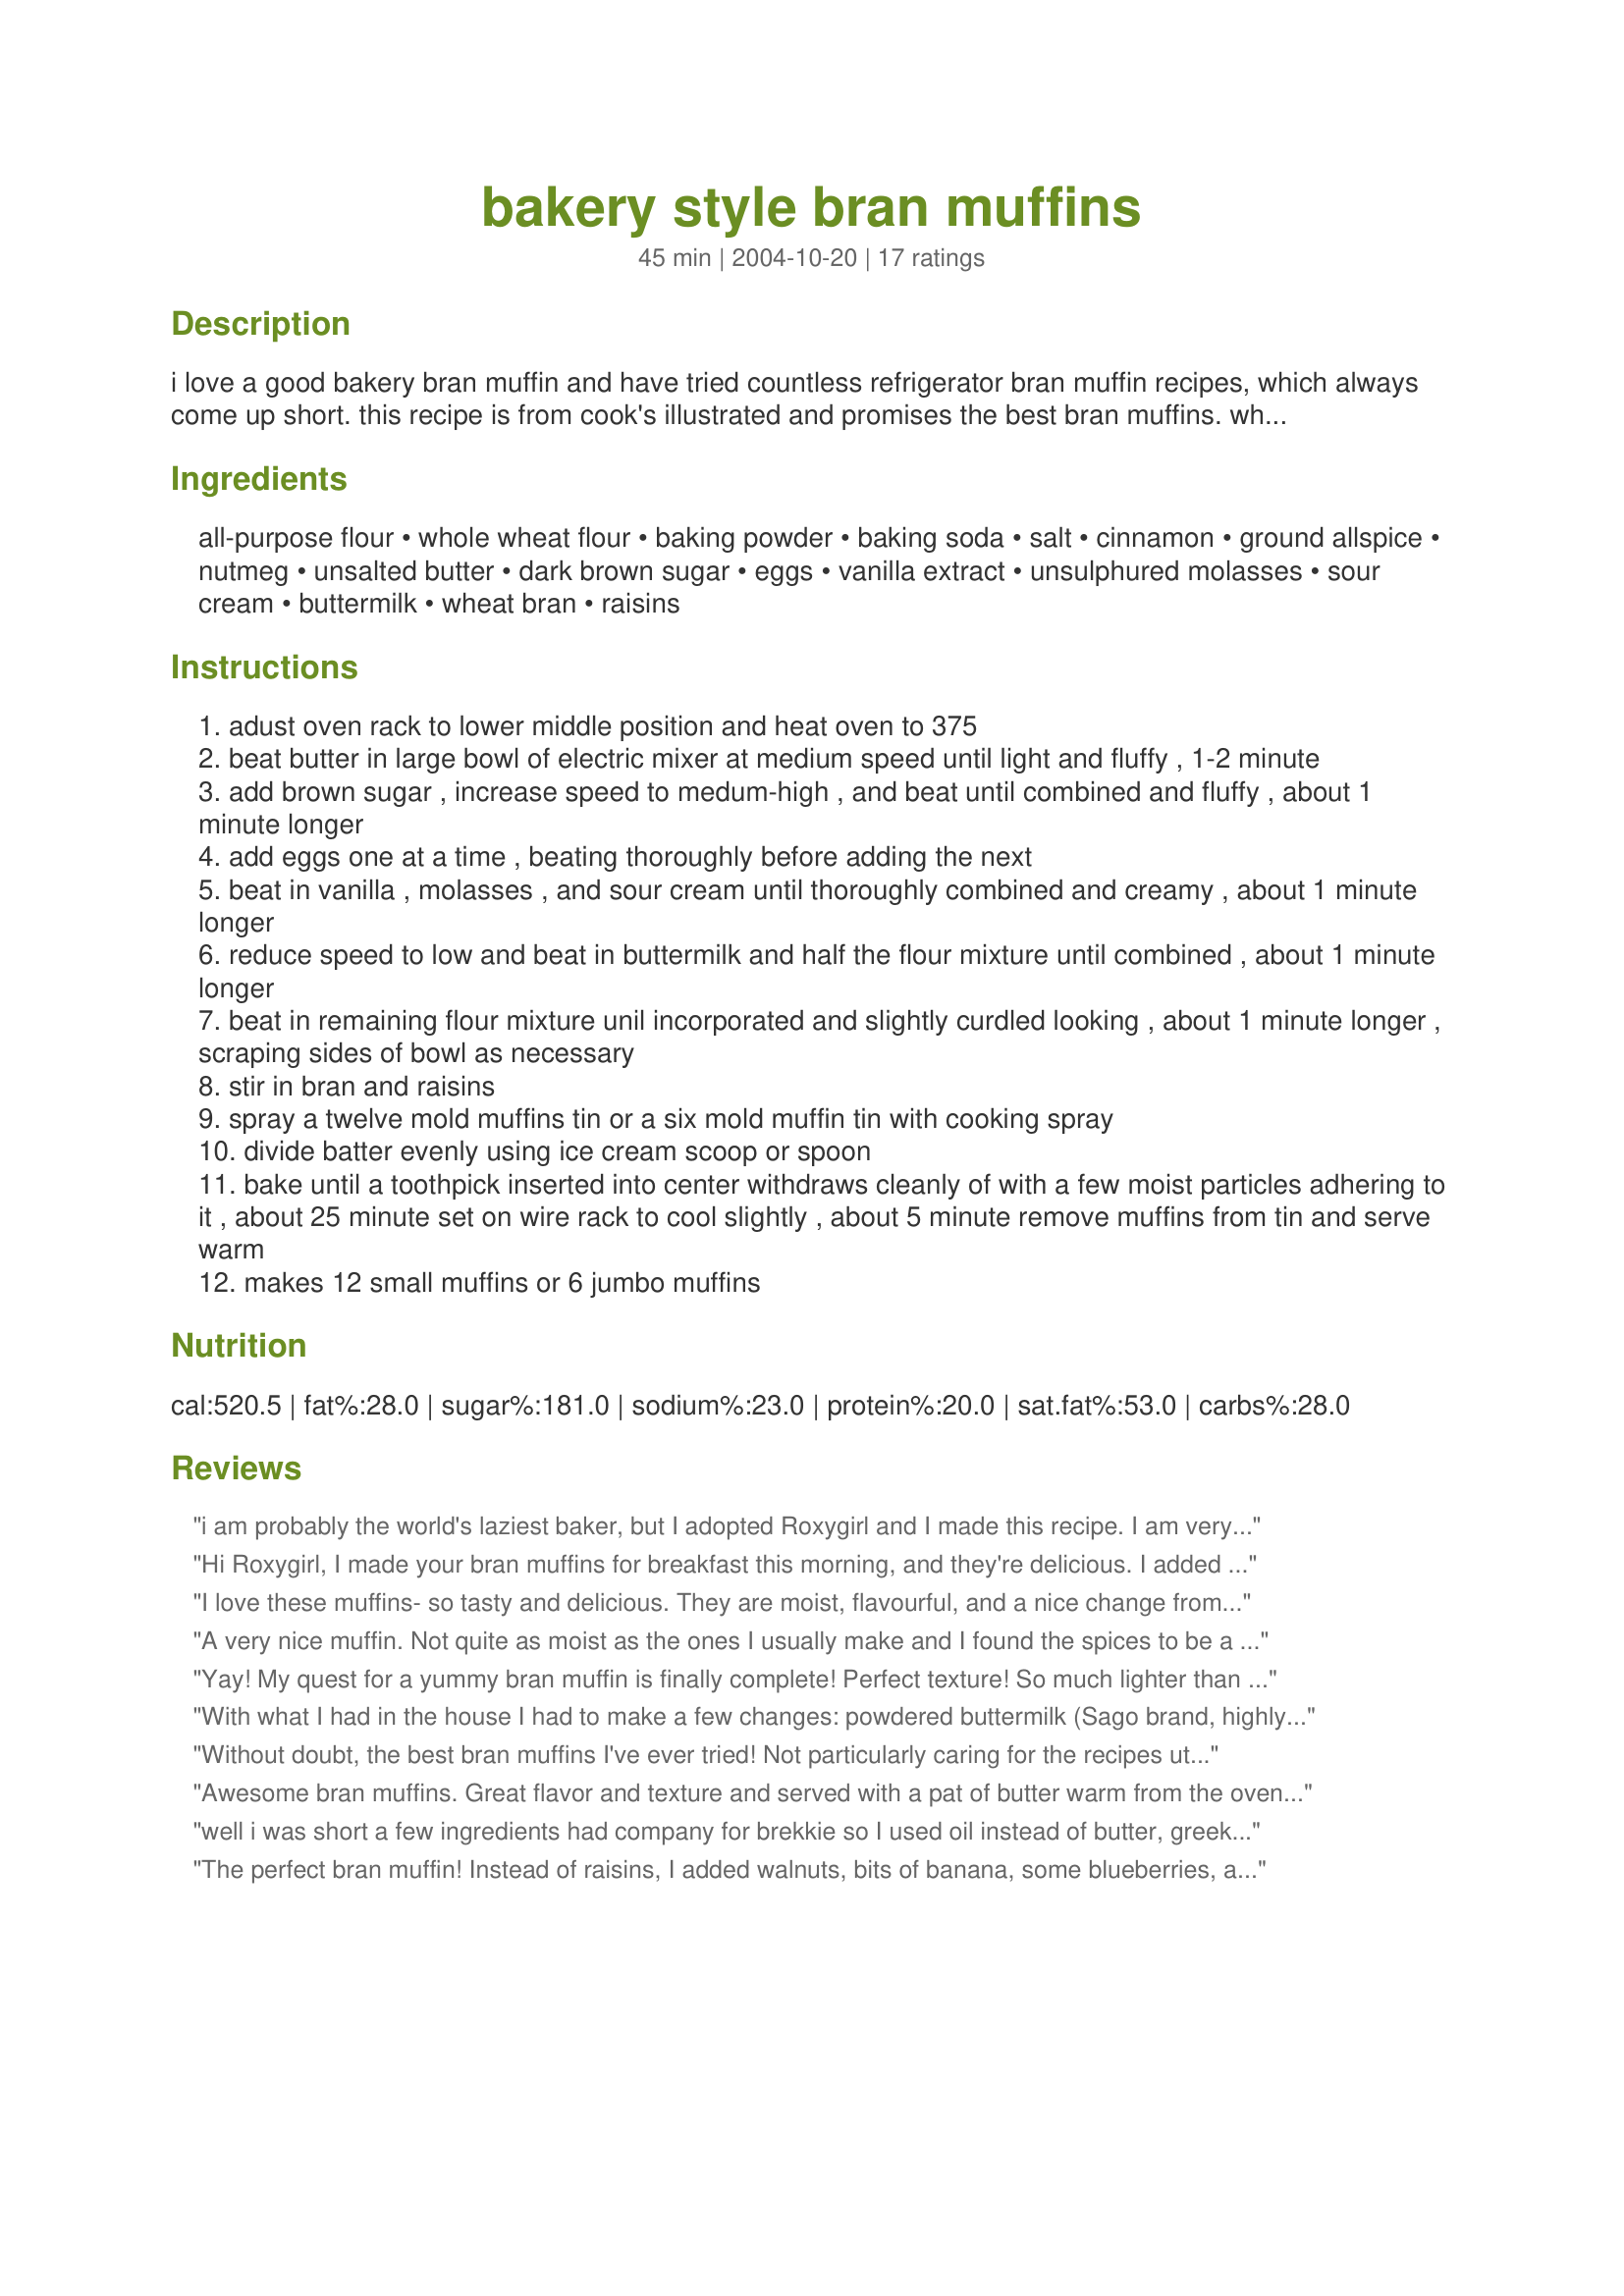
bakery style bran muffins
Preparation time: 45 minutes

i love a good bakery bran muffin and have tried countless refrigerator bran muffin recipes, which always come up short. this recipe is from cook's illustrated and promises the best bran muffins. what is different about the ingred. is the ratio of white and wheat flours and wheat bran. the molasses, dark brown sugar help make up the great flavor and you will love the bakery crusty top. it is a little more work, but i would never bake any other recipe!

Ingredients:
all-purpose flour, whole wheat flour, baking powder, baking soda, salt, cinnamon, ground allspice, nutmeg, unsalted butter, dark brown sugar, eggs, vanilla extract, unsulphured molasses, sour cream, buttermilk, wheat bran, raisins

Steps:
adust oven rack to lower middle position and heat oven to 375
beat butter in large bowl of electric mixer at medium speed until light and fluffy , 1-2 minute
add brown sugar , increase speed to medum-high , and beat until combined and fluffy , about 1 minute longer
add eggs one at a time , beating thoroughly before adding the next
beat in vanilla , molasses , and sour cream until thoroughly combined and creamy , about 1 minute longer
reduce speed to low and beat in buttermilk and half the flour mixture until combined , about 1 minute longer
beat in remaining flour mixture unil incorporated and slightly curdled looking , about 1 minute longer , scraping sides of bowl as necessary
stir in bran and raisins
spray a twelve mold muffins tin or a six mold muffin tin with cooking spray
divide batter evenly using ice cream scoop or spoon
bake until a toothpick inserted into center withdraws cleanly of with a few moist particles adhering to it , about 25 minute set on wire rack to cool slightly , about 5 minute remove muffins from tin and serve warm
makes 12 small muffins or 6 jumbo muffins

Reviews:
i am probably the world's laziest baker, but I adopted Roxygirl and I made this recipe. I am very glad I stuck to my principles. These muffins are so delicous I think they taste better than any bakery muffin does. A keeper and a yummy recipe, well worth the extra effort!!!!
Hi Roxygirl, I made your bran muffins for breakfast this morning, and they're delicious. I added 1/2 c splenda along with the brown sugar (I like a sweet muffin), reduced the raisins to 1/2 c, and used nonfat plain yogurt instead of buttermilk. I expected them to be darker but they were a lovely tan instead. Next time I'll toss in some chopped nuts just for kicks. Thanks for posting your tasty recipe.
I love these muffins- so tasty and delicious. They are moist, flavourful, and a nice change from the usual bran muffins!! Thanks again Roxygirl!!
A very nice muffin. Not quite as moist as the ones I usually make and I found the spices to be a bit strong (especially the All-spice) but they were a nice change of pace. I did omit the raisins since I don't care for them in baked goods. Mine were done baking in 20 minutes so make sure you check them. Thanks for sharing the recipe Roxygirl! Hope you like the photo.
Yay! My quest for a yummy bran muffin is finally complete! Perfect texture! So much lighter than other bran muffin recipes I've tried. And great flavor! Be aware you'll need to a add the baking soda, baking powder, salt and spices with the flour... the instructions are missing that line. I substituted 1-1/4 cups All-Bran Cereal for the 1-1/2 cups wheat bran, and 2 Tbsp heavy cream for the sour cream. Added small chunks of fresh banana to half the muffins, chocolate chips to the other half. Next time I'll just stick with raisins (and maybe walnuts), though these would be delicious even without adding chocolate, fruit or nuts. YIKES! DID I REALLY JUST SAY THAT!?!!
With what I had in the house I had to make a few changes: powdered buttermilk (Sago brand, highly recommended, mixed into the flour) plus water; 1C. oat bran, soaked in the water; 1/2C wheat germ; light brown sugar plus 1T molasses; oil instead of butter, with 1 Tbl less water and 1/4 tsp extra salt to compensate; and blueberries and walnuts added at the end. "Best bran muffins I've ever had!" raved the BF. Next time I'm going to try using maple syrup in place of the vanilla and most of the sugar, omitting the spices, and see how that works. Thanks Roxygirl!
Without doubt, the best bran muffins I've ever tried! Not particularly caring for the recipes utilising bran cereal, I prepared these exactly according to the recipe and was delighted: the muffins are light, moist, and possess a rich, almost caramel-like flavour. This has become my holy grail of bran muffin recipes. Thanks so much for posting!
Awesome bran muffins. Great flavor and texture and served with a pat of butter warm from the oven- divine! This one's a keeper. Thanks for posting.
well i was short a few ingredients had company for brekkie so I used oil instead of butter, greek yogurt for sour cream and 1/2 applesauce instead of the molasses -they were fabulous light and tasty
The perfect bran muffin! Instead of raisins, I added walnuts, bits of banana, some blueberries, and bits of strawberries. I sprinkled the top with course sugar. Thank you for sharing this recipe!!
Very good muffins. I was a little nervous about adding the allspice to them, so I only added 1/2 tsp but after tasting them they could easily have had the whole 3/4 tsp. I soaked the raisins for about 10 minutes in boiling water, then drained them before adding to the batter. Thanks for sharing this recipe Roxy!
These were good muffins, but mine did not come out very moist. I thought the spice quantity was perfect and I did not add raisins to them because I don't like raisins in baked food. I only baked them for 20 minutes. My son enjoyed them and that is a huge plus. Thank you for sharing.
We were disappointed. First, the instructions are not complete, with no instruction about the spices, or the two quantities of buttermilk, or brown sugar.??? So we followed as best with what is written, following the normal bakery procedures. The result was a so-so muffin. Not enough spice, and much too &quot;floury&quot; in texture. We'll keep looking .........
These bran muffin are probably one of the best recipes that I have made so far. I really cannot say enough about them, they are everything a good bran muffin should be in taste and in texture, definately far more superior than any bakery. This is a recipe that I will make over and over again. Roxygirl, thank you so much for sharing such a wonderful muffin recipe!...Kitten:)
Best bran muffins I&#039;ve ever made! Cook&#039;s Illustrated usually has amazing recipes and this is no exception!!
this is a good bran muffin thanks for posting we eat alot of diffent kinds of bran since my mil is 90 lol dee
These are very good bean muffins,,, only prob is, the instructions say nothing about when to add the spices. You need to go correct this, especially with new cooks
